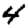
Digit: 4